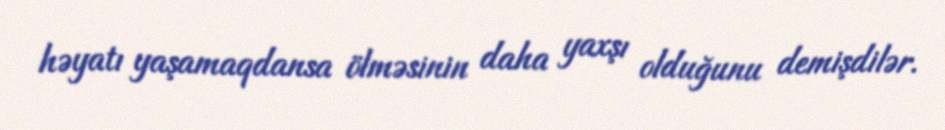
həyatı yaşamaqdansa ölməsinin daha yaxşı olduğunu demişdilər.